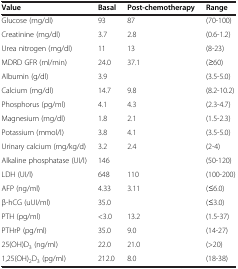
<table><thead><tr><td><b>Value</b></td><td><b>Basal</b></td><td><b>Post-chemotherapy</b></td><td><b>Range</b></td></tr></thead><tbody><tr><td>Glucose (mg/dl)</td><td>93</td><td>87</td><td>(70-100)</td></tr><tr><td>Creatinine (mg/dl)</td><td>3.7</td><td>2.8</td><td>(0.6-1.2)</td></tr><tr><td>Urea nitrogen (mg/dl)</td><td>11</td><td>13</td><td>(8-23)</td></tr><tr><td>MDRD GFR (ml/min)</td><td>24.0</td><td>37.1</td><td>(≥60)</td></tr><tr><td>Albumin (g/dl)</td><td>3.9</td><td> </td><td>(3.5-5.0)</td></tr><tr><td>Calcium (mg/dl)</td><td>14.7</td><td>9.8</td><td>(8.2-10.2)</td></tr><tr><td>Phosphorus (pg/ml)</td><td>4.1</td><td>4.3</td><td>(2.3-4.7)</td></tr><tr><td>Magnesium (mg/dl)</td><td>1.8</td><td>2.1</td><td>(1.5-2.3)</td></tr><tr><td>Potassium (mmol/l)</td><td>3.8</td><td>4.1</td><td>(3.5-5.0)</td></tr><tr><td>Urinary calcium (mg/kg/d)</td><td>3.2</td><td>2.4</td><td>(2-4)</td></tr><tr><td>Alkaline phosphatase (UI/l)</td><td>146</td><td> </td><td>(50-120)</td></tr><tr><td>LDH (UI/l)</td><td>648</td><td>110</td><td>(100-200)</td></tr><tr><td>AFP (ng/ml)</td><td>4.33</td><td>3.11</td><td>(≤6.0)</td></tr><tr><td>β-hCG (uUI/ml)</td><td>35.0</td><td> </td><td>(≤3.0)</td></tr><tr><td>PTH (pg/ml)</td><td>&lt;3.0</td><td>13.2</td><td>(1.5-37)</td></tr><tr><td>PTHrP (pg/ml)</td><td>35.0</td><td>9.0</td><td>(14-27)</td></tr><tr><td>25(OH)D<sub>3</sub> (ng/ml)</td><td>22.0</td><td>21.0</td><td>(&gt;20)</td></tr><tr><td>1,25(OH)<sub>2</sub>D<sub>3</sub> (pg/ml)</td><td>212.0</td><td>8.0</td><td>(18-38)</td></tr></tbody></table>